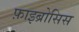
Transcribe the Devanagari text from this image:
फ़ाइब्रोसिस